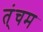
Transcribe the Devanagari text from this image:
त्ंचम